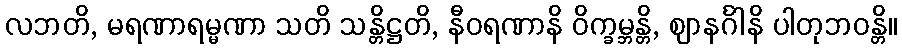
လဘတိ, မရဏာရမ္မဏာ သတိ သန္တိဋ္ဌတိ, နီဝရဏာနိ ဝိက္ခမ္ဘန္တိ, ဈာနင်္ဂါနိ ပါတုဘဝန္တိ။